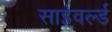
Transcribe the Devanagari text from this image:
साईवर्ल्ड